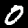
Label: 0